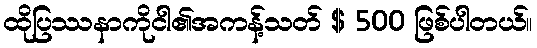
ထိုပြဿနာကိုငါ၏အကန့်သတ် $ 500 ဖြစ်ပါတယ်။